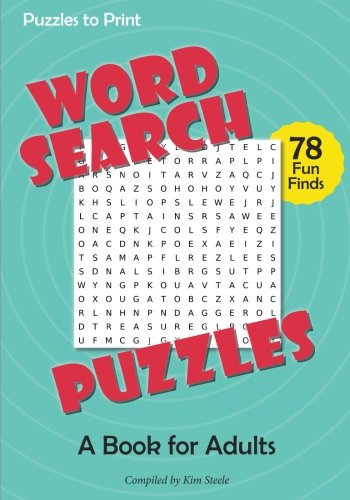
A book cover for Word Search Puzzles: A Book for Adults; Kim Steele; Humor & Entertainment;